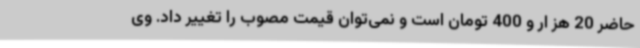
حاضر 20 هز ار و 400 تومان است و نمی‌توان قیمت مصوب را تغییر داد. وی